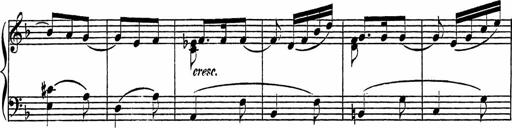
Title: Piano Sonatinas
Composer: Charles Fradel